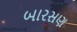
બારસણ